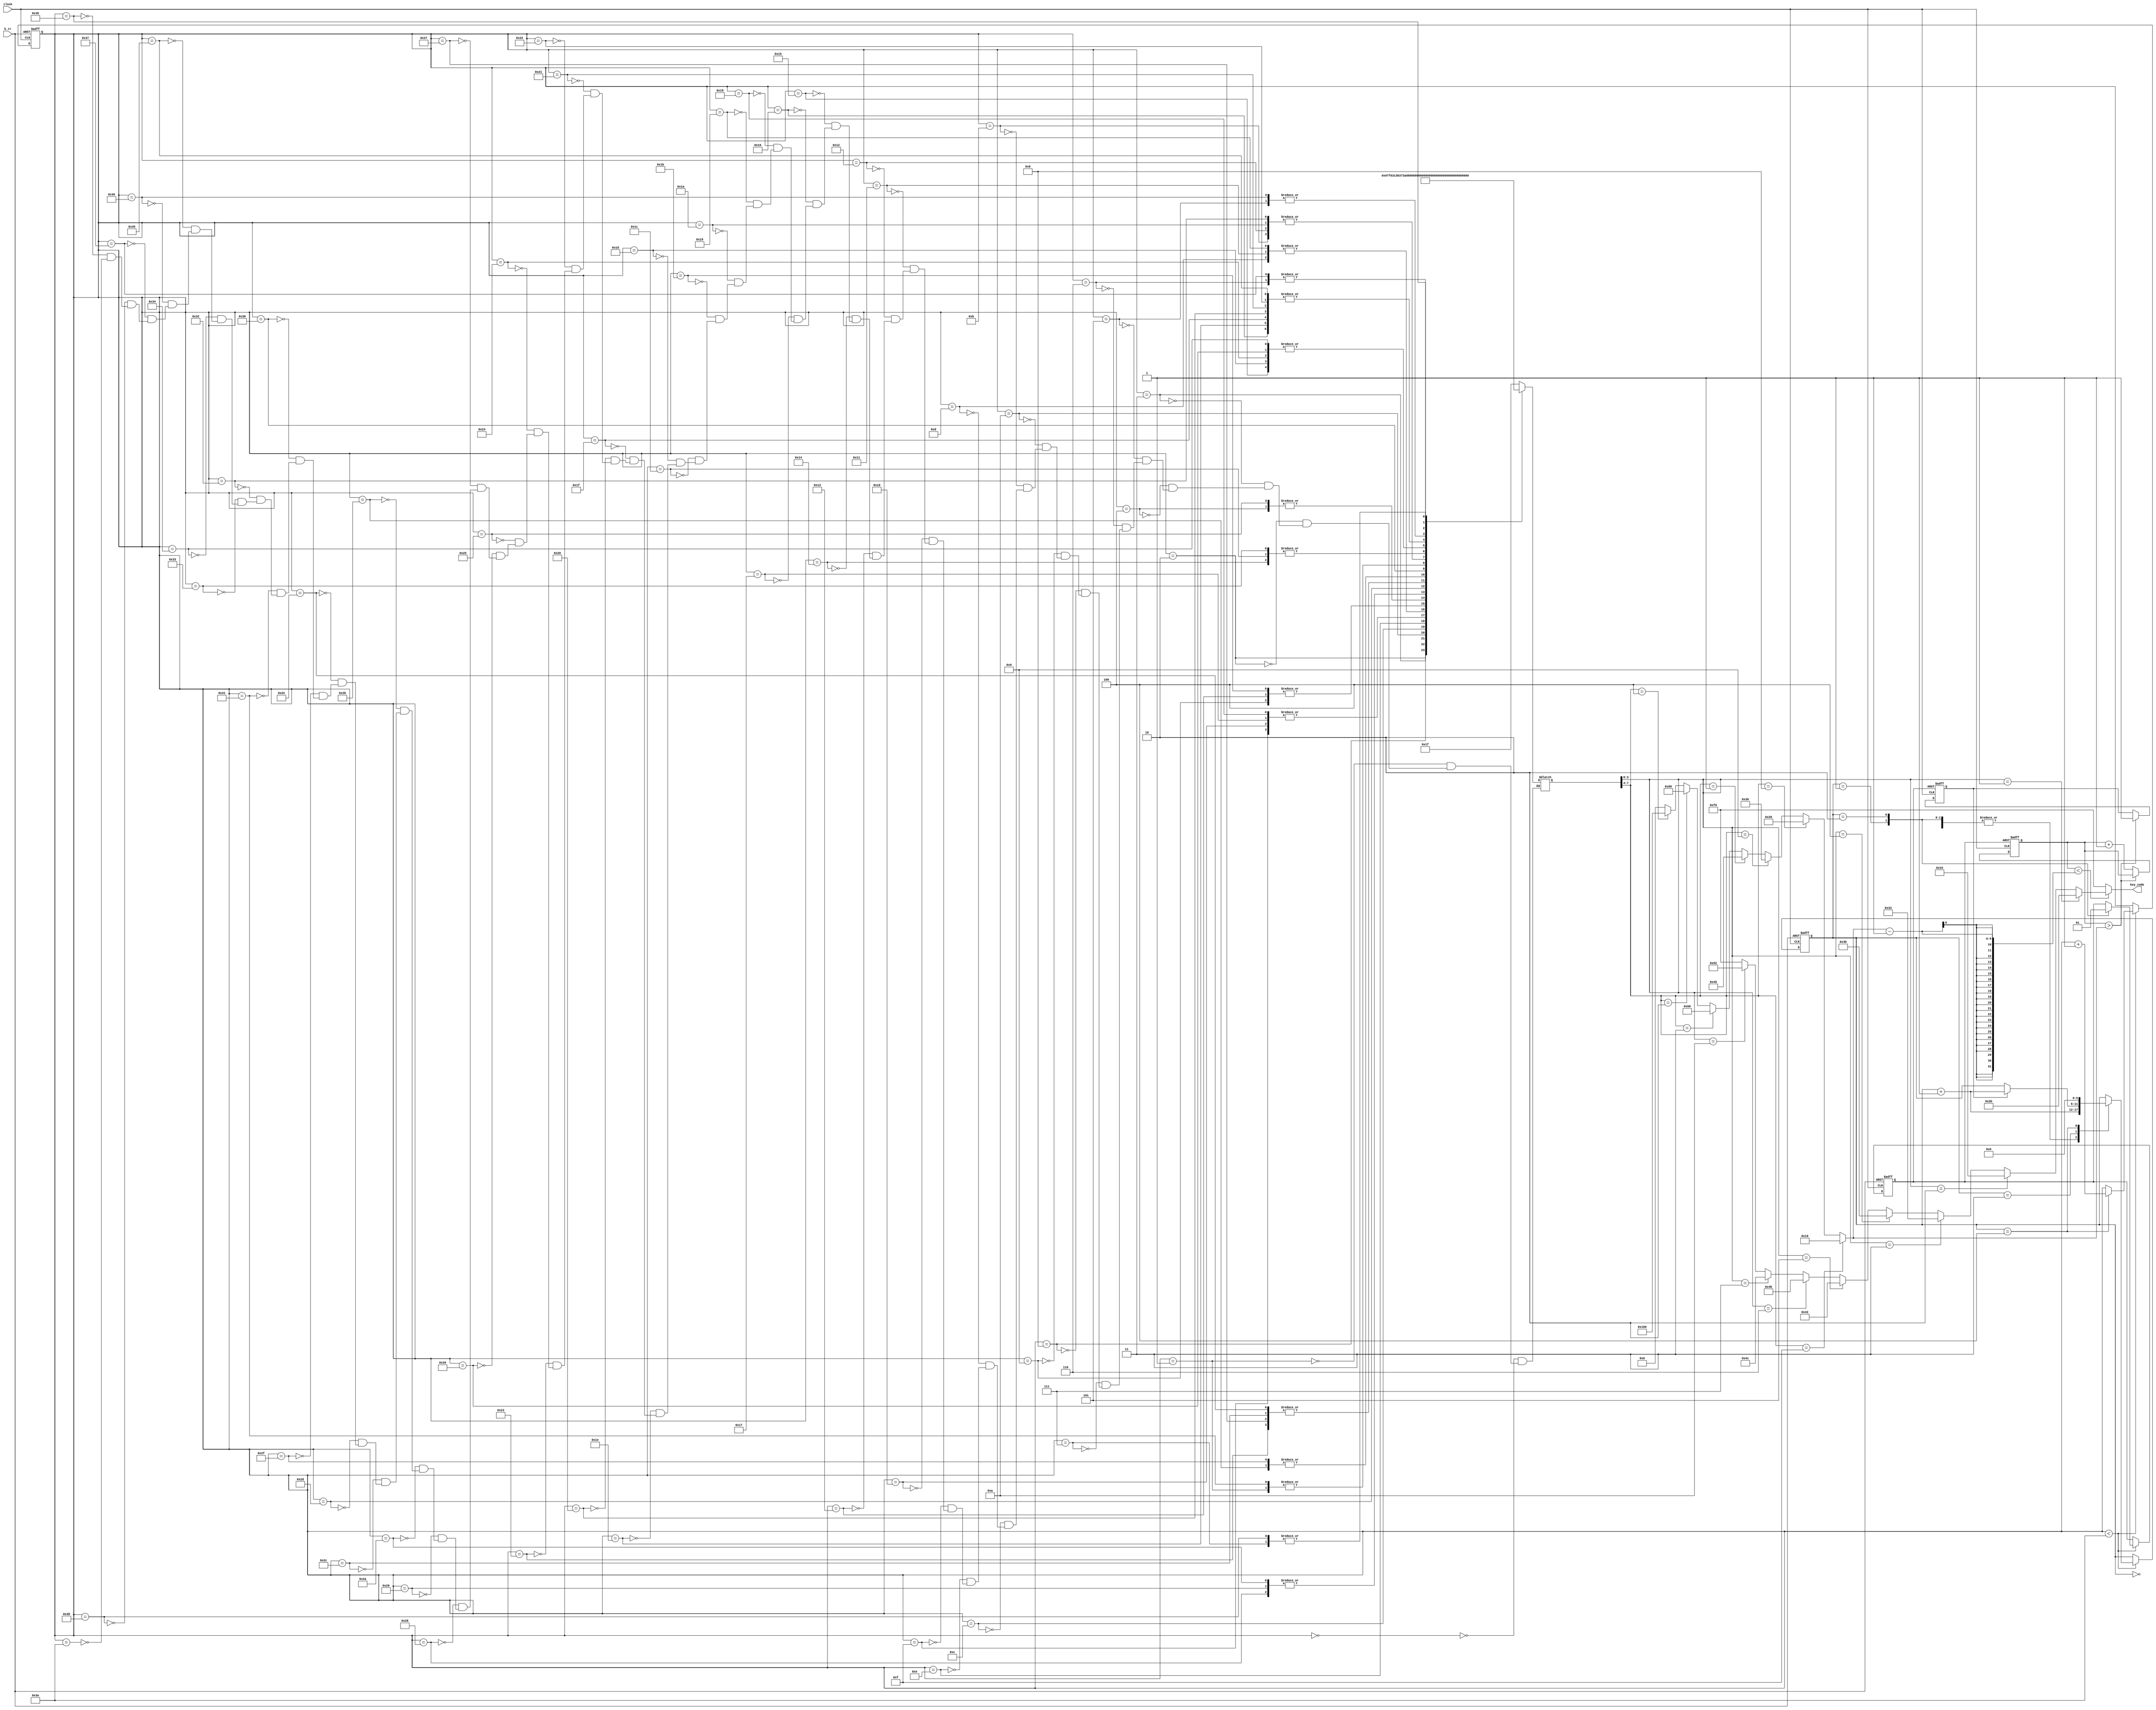
module demo_sound1(
	input  clock,
	output [7:0]key_code,
	input  k_tr
);

	reg [15:0]tmp;
	wire[15:0]tmpa;
	reg tr;
	reg [15:0]step;
	wire[15:0]step_r;
	reg [15:0]TT;
	reg[5:0]st;
	reg go_end;

////////Music-processing////////
	always @(negedge k_tr or posedge clock) begin
	if (!k_tr) begin
   		step=0;
   		st=0;
   		tr=0;
	end
	else
	if (step<step_r) begin
  		case (st)
  		0: st=st+1;
  		1: begin tr=0; st=st+1;end
  		2: begin tr=1;st=st+1;end
  		3: if(go_end) st=st+1;
  		4: begin st=0;step=step+1;end
  		endcase
	end
	end

///////////////  pitch  //////////////////
	wire [7:0]key_code1=(
		(TT[3:0]==1)?8'h2b:(//1
		(TT[3:0]==2)?8'h34:(//2
		(TT[3:0]==3)?8'h33:(//3
		(TT[3:0]==4)?8'h3b:(//4
		(TT[3:0]==5)?8'h42:(//5
		(TT[3:0]==6)?8'h4b:(//6
		(TT[3:0]==7)?8'h4c:(//7
		(TT[3:0]==10)?8'h52:(//1
		(TT[3:0]==15)?8'hf0:8'hf0
		))))))))
	);

///////////////  paddle  ///////////////////
	assign tmpa[15:0]=(
		(TT[7:4]==15)?16'h10:(
		(TT[7:4]==8)? 16'h20:(
		(TT[7:4]==9)? 16'h30:(
		(TT[7:4]==1)? 16'h40:(
		(TT[7:4]==3)? 16'h60:(
		(TT[7:4]==2)? 16'h80:(
		(TT[7:4]==4)? 16'h100:0
		))))))
	);

/////////// note list ///////////
	always @(step) begin
	case (step)
		0:TT=8'h1f;
		1:TT=8'h1a;
		2:TT=8'h97;
		3:TT=8'hf6;
		4:TT=8'h35;
		5:TT=8'h84;
		6:TT=8'h13;
		7:TT=8'h12;
		8:TT=8'h31;
		9:TT=8'h85;
		10:TT=8'h36;
		11:TT=8'h86;
		12:TT=8'h37;
		13:TT=8'h87;
		14:TT=8'h3a;
		15:TT=8'h8a;
		16:TT=8'h8a;
		17:TT=8'h87;
		18:TT=8'h86;
		19:TT=8'h85;
		20:TT=8'h95;
		21:TT=8'hf4;
		22:TT=8'h83;
		23:TT=8'h8a;
		24:TT=8'h8a;
		25:TT=8'h87;
		26:TT=8'h86;
		27:TT=8'h85;
		28:TT=8'h95;
		29:TT=8'hf4;
		30:TT=8'h83;
		31:TT=8'h83;
		32:TT=8'h83;
		33:TT=8'h83;
		34:TT=8'h83;
		35:TT=8'hf3;
		36:TT=8'hf4;
		37:TT=8'h35;
		38:TT=8'hf4;
		39:TT=8'hf3;
		40:TT=8'h82;
		41:TT=8'h82;
		42:TT=8'h82;
		43:TT=8'hf2;
		44:TT=8'hf3;
		45:TT=8'h34;
		46:TT=8'hf3;
		47:TT=8'hf2;
		48:TT=8'h81;
		49:TT=8'h1a;
		50:TT=8'h86;
		51:TT=8'h95;
		52:TT=8'hf4;
		53:TT=8'h83;
		54:TT=8'h84;
		55:TT=8'h13;
		56:TT=8'h12;
		57:TT=8'h21;
		58:TT=8'h1f;//end
	endcase
	end
	assign step_r=58;///Total note

/////////////KEY release & code-out ////////////////
	always @(negedge tr or posedge clock)begin
		if(!tr) begin tmp=0;go_end=0 ;end
		else if (tmp>tmpa)go_end=1; 
		else tmp=tmp+1;
	end
	assign key_code=(tmp<(tmpa-1))?key_code1:8'hf0;

endmodule